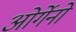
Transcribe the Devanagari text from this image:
ओर्गेनो